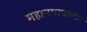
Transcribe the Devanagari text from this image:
महानगरपालीके